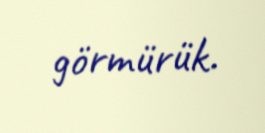
görmürük.